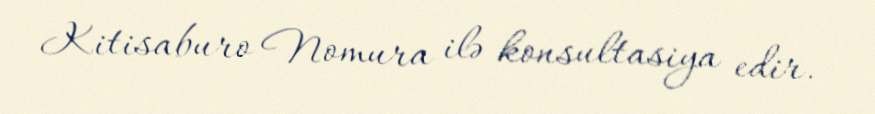
Kitisaburo Nomura ilə konsultasiya edir.